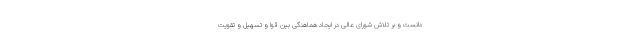
دانست و بر تلاش شورای عالی در ایجاد هماهنگی بین قوا و تسهیل و تقویت